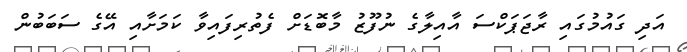
އަދި ގައުމުގައި ރާޖަޕަކްސަ އާއިލާގެ ނުފޫޒު މާބޮޑަށް ފެތުރިފައިވާ ކަމަށާއި އޭގެ ސަަބަބުން